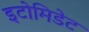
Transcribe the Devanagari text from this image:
इटोमिडेट